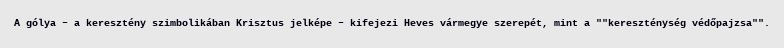
A gólya – a keresztény szimbolikában Krisztus jelképe – kifejezi Heves vármegye szerepét, mint a ""kereszténység védőpajzsa"".